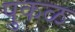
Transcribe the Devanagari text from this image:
पुकळ